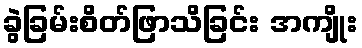
ခွဲခြမ်းစိတ်ဖြာသိခြင်း အကျိုး